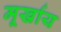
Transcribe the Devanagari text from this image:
मूर्खाय